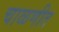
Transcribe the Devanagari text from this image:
चाळणीत